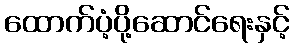
ထောက်ပံ့ပို့ဆောင်ရေးနှင့်